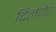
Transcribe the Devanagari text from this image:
दिलेंजेर